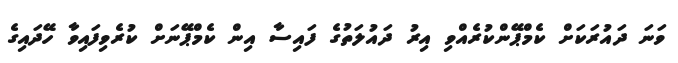
ވަނަ ދައުރަކަށް ކެމްޕޭންކުރެއްވި އިރު ދައުލަތުގެ ފައިސާ އިން ކެމްޕޭނަށް ކުރެވިފައިވާ ހޭދައިގެ